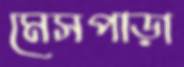
মেসপাড়া